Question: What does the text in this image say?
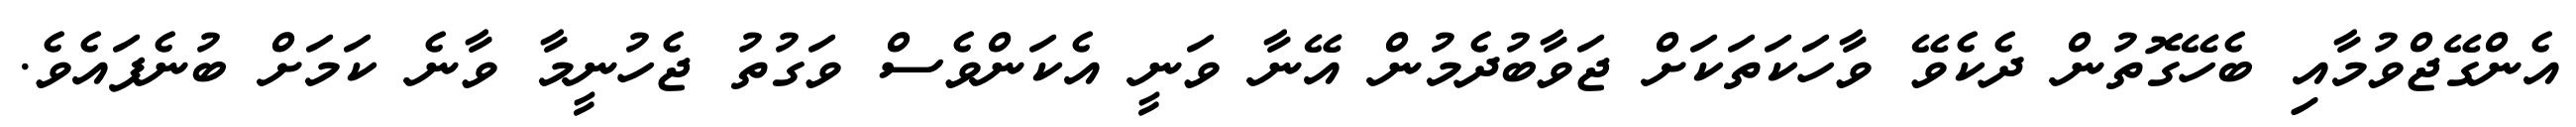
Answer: އެންގޭޖްވުމާއި ބެހޭގޮތުން ދެކެވޭ ވާހަކަތަކަށް ޖަވާބުދެމުން އޭނާ ވަނީ އެކަންވެސް ވަގުތު ޖެހުނީމާ ވާނެ ކަމަށް ބުނެފައެވެ.